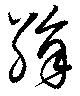
絹